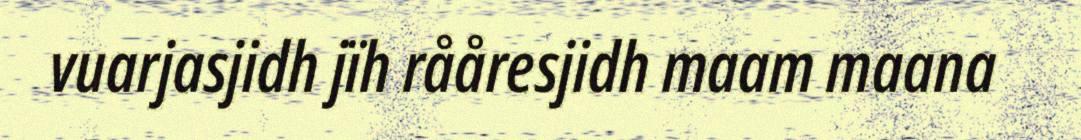
vuarjasjidh jïh rååresjidh maam maana